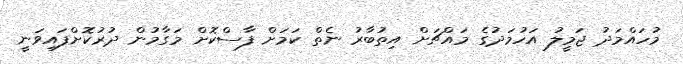
މުހައްމަދު ޖަމީލު އަހުމަދުގެ މައްޗަށް އިތުބާރު ނެތް ކަމަށް ފާސްކޮށް މަގާމުން ދުރުކޮށްފައިވަނީ